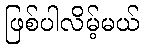
ဖြစ်ပါလိမ့်မယ်